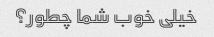
خیلی خوب شما چطور؟